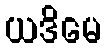
ယဒိမေ